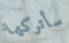
سأتركها